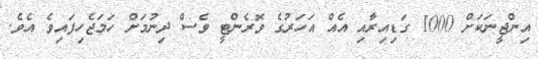
އިންޖީނަކަށް 1000 ގަޑިއިރާއި އެއް އަހަރުގެ ވޮރެންޓީ ވެސް ދިނުމަށް ހަމަޖެހިފައިވެ އެވެ.